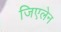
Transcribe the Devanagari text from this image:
जिएलेन